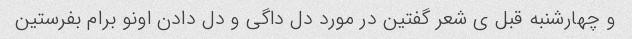
و چهارشنبه قبل ی شعر گفتین در مورد دل داگی و دل دادن اونو برام بفرستین